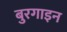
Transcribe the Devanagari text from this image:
बुरगाइन